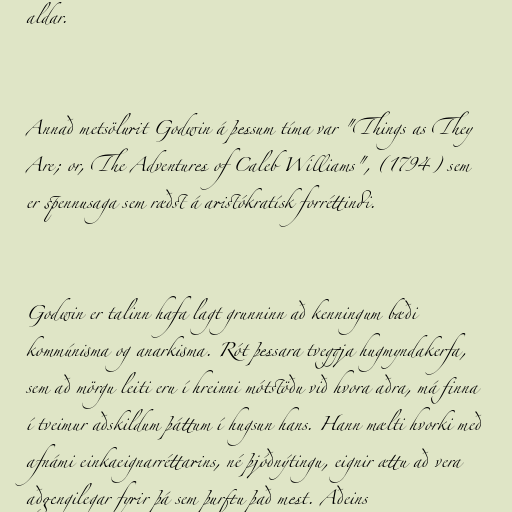
aldar.

Annað metsölurit Godwin á þessum tíma var "Things as They
Are; or, The Adventures of Caleb Williams", (1794) sem
er spennusaga sem ræðst á aristókratísk forréttindi.

Godwin er talinn hafa lagt grunninn að kenningum bæði
kommúnisma og anarkisma. Rót þessara tveggja hugmyndakerfa,
sem að mörgu leiti eru í hreinni mótstöðu við hvora aðra, má finna
í tveimur aðskildum þáttum í hugsun hans. Hann mælti hvorki með
afnámi einkaeignarréttarins, né þjóðnýtingu, eignir ættu að vera
aðgengilegar fyrir þá sem þurftu það mest. Aðeins